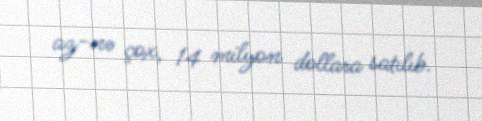
az-nə çox, 14 milyon dollara satılıb.